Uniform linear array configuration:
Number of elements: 64
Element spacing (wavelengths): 0.75
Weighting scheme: blackman
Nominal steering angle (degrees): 15
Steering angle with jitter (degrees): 14.23
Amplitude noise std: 0.05
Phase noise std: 0.05

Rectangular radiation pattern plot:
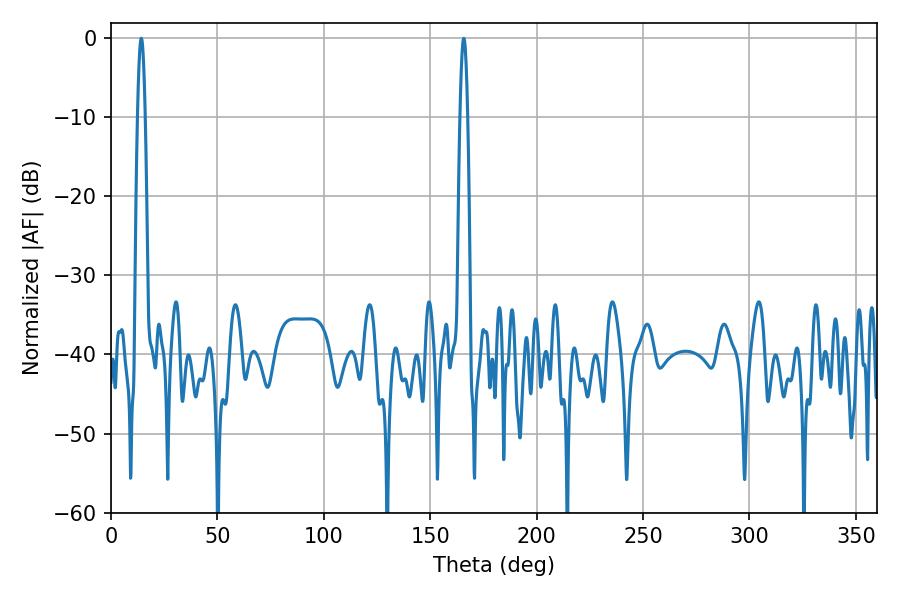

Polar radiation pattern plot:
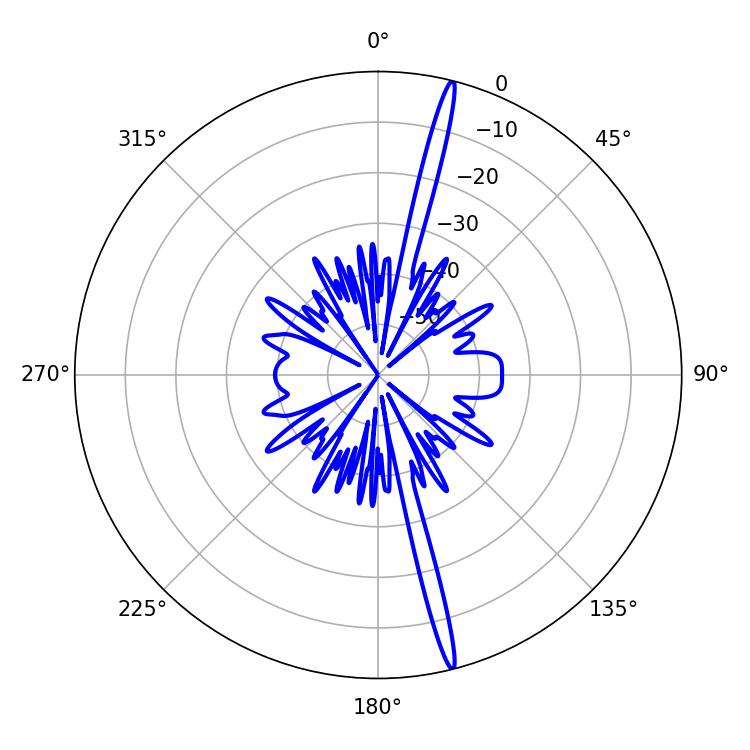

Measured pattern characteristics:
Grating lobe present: TRUE
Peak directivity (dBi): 20.281
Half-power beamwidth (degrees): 1.8
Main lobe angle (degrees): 14.22